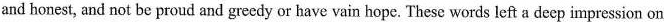
and honest, and not be proud and greedy or have vain hope. These words left a deep impression on